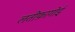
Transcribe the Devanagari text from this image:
लतीफ़ागोई